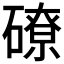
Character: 𥕴